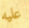
عليه